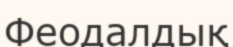
Феодалдық